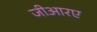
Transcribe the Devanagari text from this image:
जीआरए